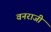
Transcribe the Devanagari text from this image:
वनराजी